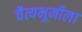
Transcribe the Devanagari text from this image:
चैत्यभूमीला